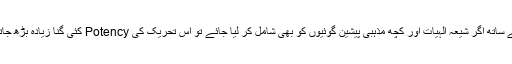
اس کے ساتھ اگر شیعہ الہیات اور کچھ مذہبی پیشین گوئیوں کو بھی شامل کر لیا جائے تو اس تحریک کی Potency کئی گنا زیادہ بڑھ جاتی ہے۔